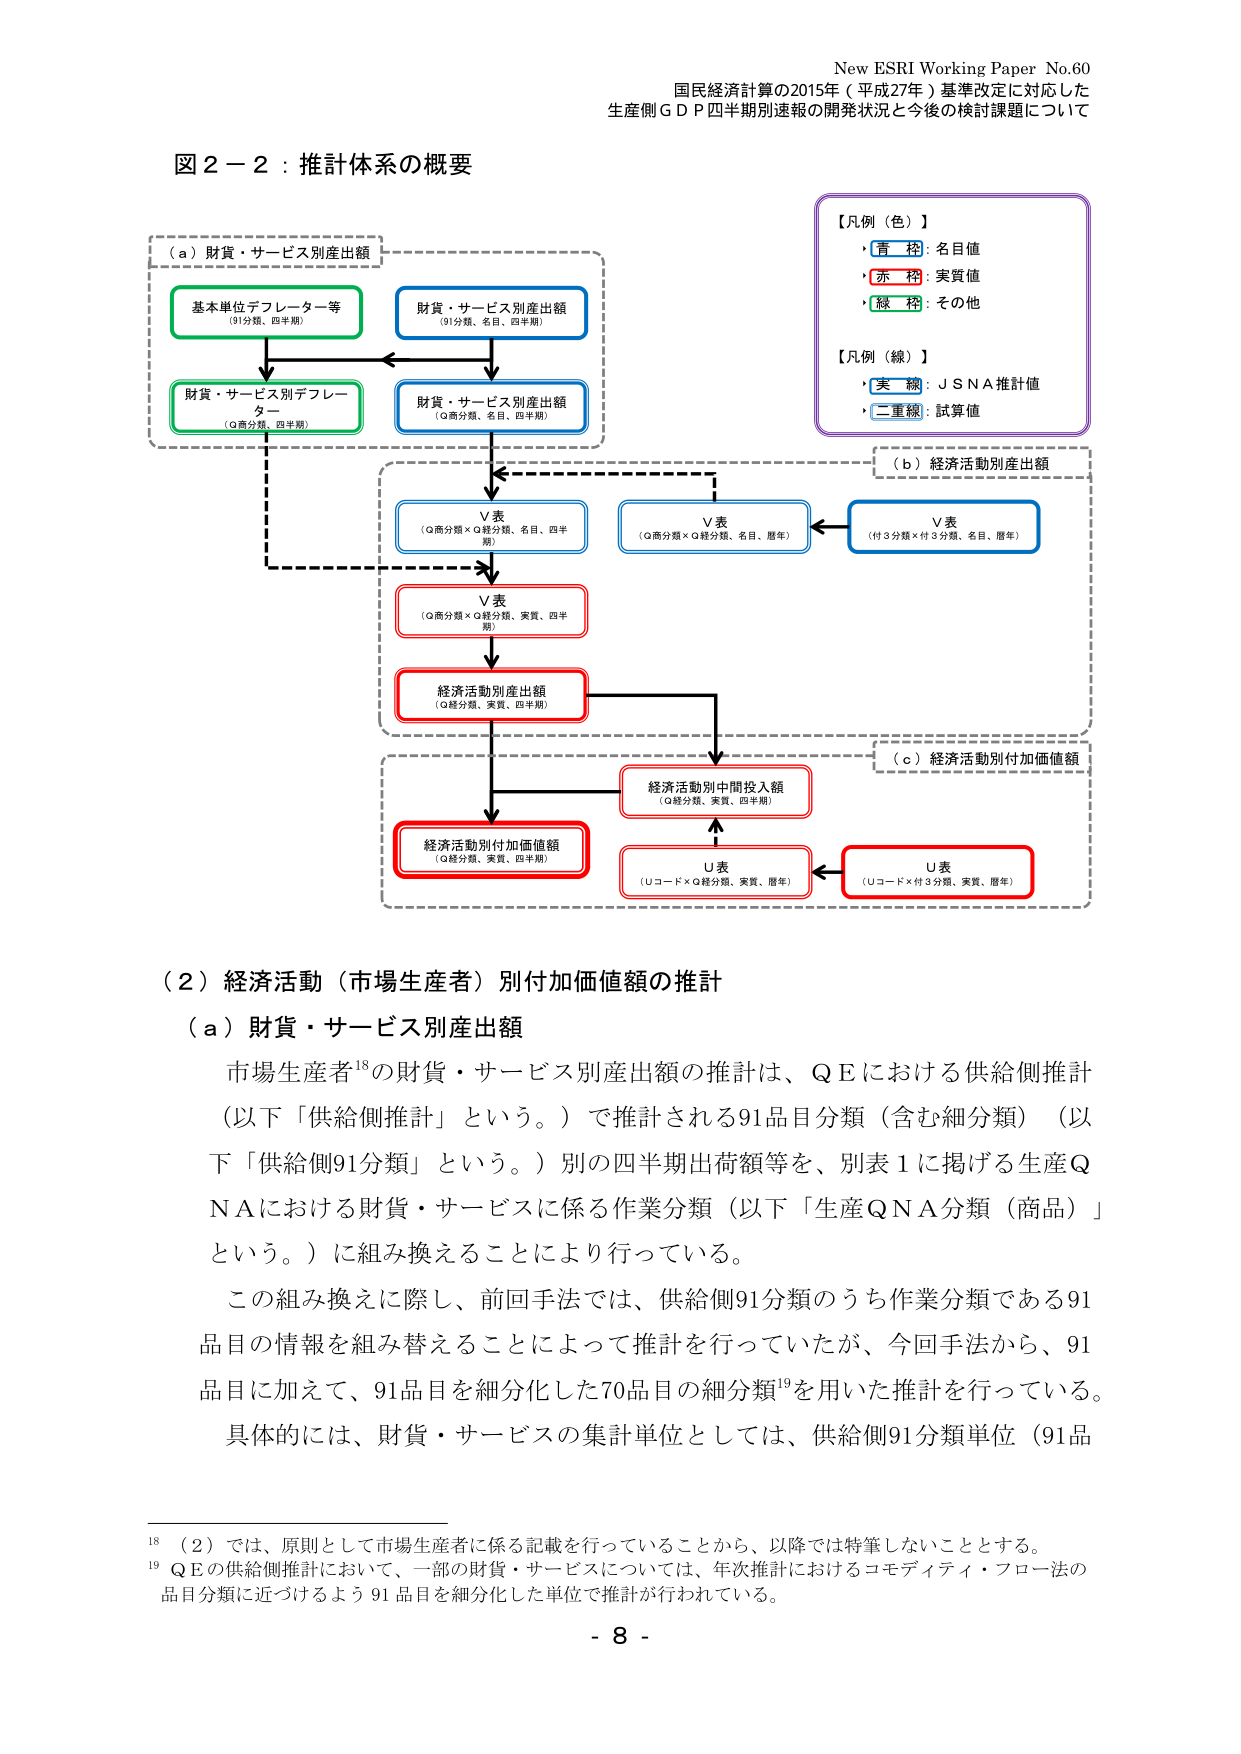
New ESRI Working Paper No.60
国民経済計算の2015年（平成27年）基準改定に対応した
生産側ＧＤＰ四半期別速報の開発状況と今後の検討課題について

図２－２：推計体系の概要

【凡例（色）】
・青枠：名目値
・赤枠：実質値
・緑枠：その他

【凡例（線）】
・実線：ＪＳＮＡ推計値
・二重線：試算値

（ａ）財貨・サービス別産出額
基本単位デフレーター等
（91分類、四半期）
財貨・サービス別産出額
（91分類、名目、四半期）
財貨・サービス別デフレーター
（Q商分類、四半期）
財貨・サービス別産出額
（Q商分類、名目、四半期）

（ｂ）経済活動別産出額
Ｖ表
（Q商分類×Q経分類、名目、四半期）
Ｖ表
（Q商分類×Q経分類、名目、暦年）
Ｖ表
（付3分類×付3分類、名目、暦年）
Ｖ表
（Q商分類×Q経分類、実質、四半期）
経済活動別産出額
（Q経分類、実質、四半期）

（ｃ）経済活動別付加価値額
経済活動別中間投入額
（Q経分類、実質、四半期）
経済活動別付加価値額
（Q経分類、実質、四半期）
Ｕ表
（Uコード×Q経分類、実質、暦年）
Ｕ表
（Uコード×付3分類、実質、暦年）

（２）経済活動（市場生産者）別付加価値額の推計
（ａ）財貨・サービス別産出額
市場生産者¹⁸の財貨・サービス別産出額の推計は、ＱＥにおける供給側推計（以下「供給側推計」という。）で推計される91品目分類（含む細分類）（以下「供給側91分類」という。）別の四半期出荷額等を、別表１に掲げる生産ＱＮＡにおける財貨・サービスに係る作業分類（以下「生産ＱＮＡ分類（商品）」という。）に組み換えることにより行っている。
この組み換えに際し、前回手法では、供給側91分類のうち作業分類である91品目の情報を組み替えることによって推計を行っていたが、今回手法から、91品目に加えて、91品目を細分化した70品目の細分類¹⁹を用いた推計を行っている。
具体的には、財貨・サービスの集計単位としては、供給側91分類単位（91品

¹⁸ （２）では、原則として市場生産者に係る記載を行っていることから、以降では特筆しないこととする。
¹⁹ ＱＥの供給側推計において、一部の財貨・サービスについては、年次推計におけるコモディティ・フロー法の品目分類に近づけるよう91品目を細分化した単位で推計が行われている。

- 8 -